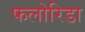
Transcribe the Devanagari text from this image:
फलोरिडा